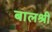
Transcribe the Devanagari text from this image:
बालश्री